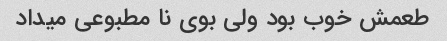
طعمش خوب بود ولی بوی نا مطبوعی میداد